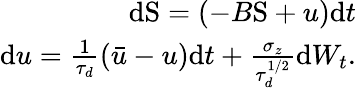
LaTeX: \begin{array}{r}{\mathrm{d}\mathrm{S}=\left(-B\mathrm{S}+u\right)\mathrm{d}t}\\ {\mathrm{d}u=\frac{1}{\tau_{d}}(\bar{u}-u)\mathrm{d}t+\frac{\sigma_{z}}{\tau_{d}^{1/2}}\mathrm{d}W_{t}.}\end{array}